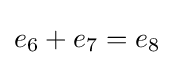
{\textstyle e_{6}+e_{7}=e_{8}}